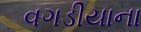
વગડીયાના